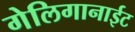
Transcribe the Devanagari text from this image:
गेलिगानाईट